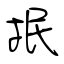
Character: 抿